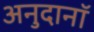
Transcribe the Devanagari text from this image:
अनुदानॉ